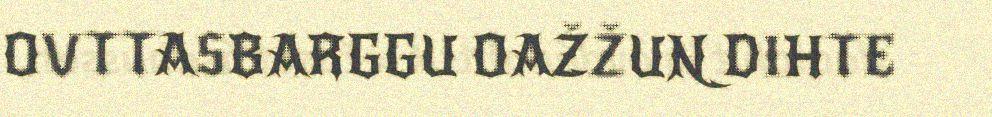
OVTTASBARGGU OAŽŽUN DIHTE